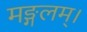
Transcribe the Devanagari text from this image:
मङ्गलम्।